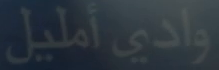
وادي_أمليل